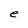
Character: e